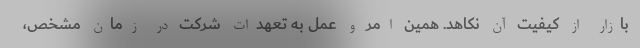
بازار از کیفیت آن نکاهد. همین امر و عمل به تعهدات شرکت در زمان مشخص،